Indian journal of veterinary science and animal husbandry - Volumes 18-21, 1948-1951
Year: 1948
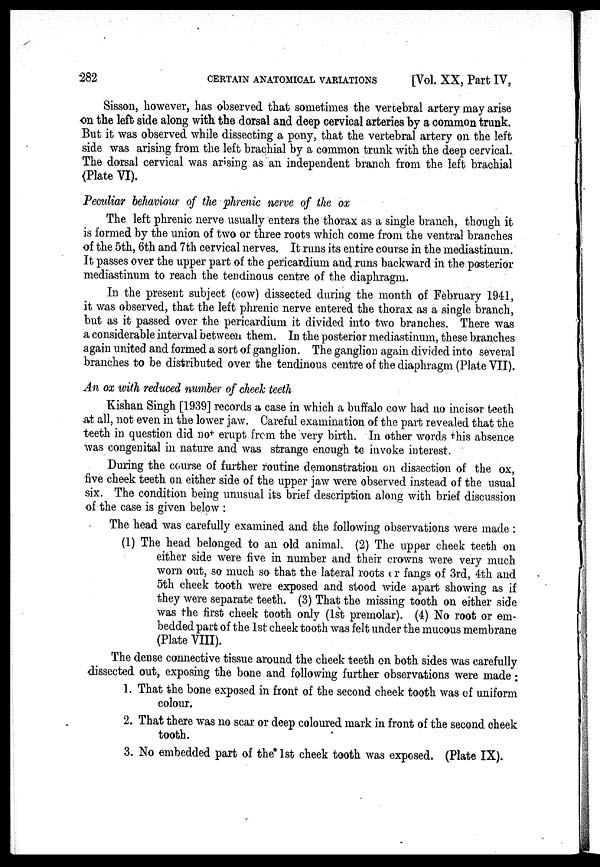
282
CERTAIN ANATOMICAL VARIATIONS
[Vol. XX, Part IV,
Sisson, however, has observed that sometimes the vertebral artery may arise
on the left side along with the dorsal and deep cervical arteries by a common trunk.
But it was observed while dissecting a pony, that the vertebral artery on the left
side was arising from the left brachial by a common trunk with the deep cervical.
The dorsal cervical was arising as an independent branch from the left brachial
(Plate VI).
Peculiar behaviour of the phrenic nerve of the ox
The left phrenic nerve usually enters the thorax as a single branch, though it
is formed by the union of two or three roots which come from the ventral branches
of the 5th, 6th and 7th cervical nerves. It runs its entire course in the mediastinum.
It passes over the upper part of the pericardium and runs backward in the posterior
mediastinum to reach the tendinous centre of the diaphragm.
In the present subject (cow) dissected during the month of February 1941,
it was observed, that the left phrenic nerve entered the thorax as a single branch,
but as it passed over the pericardium it divided into two branches. There was
a considerable interval between them. In the posterior mediastinum, these branches
again united and formed a sort of ganglion. The ganglion again divided into several
branches to be distributed over the tendinous centre of the diaphragm (Plate VII).
An ox with reduced number of cheek teeth
Kishan Singh [1939] records a case in which a buffalo cow had no incisor teeth
at all, not even in the lower jaw. Careful examination of the part revealed that the
teeth in question did no + erupt from the very birth. In other words this absence
was congenital in nature and was strange enough to invoke interest.
During the course of further routine demonstration on dissection of the ox,
five cheek teeth on either side of the upper jaw were observed instead of the usual
six. The condition being unusual its brief description along with brief discussion
of the case is given below:
The head was carefully examined and the following observations were made:
(1) The head belonged to an old animal. (2) The upper cheek teeth on
either side were five in number and their crowns were very much
worn out, so much so that the lateral roots or fangs of 3rd, 4th and
5th cheek tooth were exposed and stood wide apart showing as if
they were separate teeth. (3) That the missing tooth on either side
was the first cheek tooth only (1st premolar). (4) No root or em-
bedded part of the 1st cheek tooth was felt under the mucous membrane
(Plate VIII).
The dense connective tissue around the cheek teeth on both sides was carefully
dissected out, exposing the bone and following further observations were made:
1. That the bone exposed in front of the second cheek tooth was of uniform
colour.
2. That there was no scar or deep coloured mark in front of the second cheek
tooth.
3. No embedded part of the 1st cheek tooth was exposed. (Plate IX).